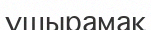
үшырамақ